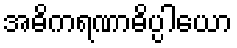
အဓိကရဏာဓိပ္ပါယော